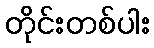
တိုင်းတစ်ပါး